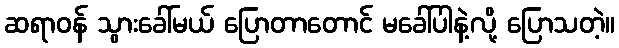
ဆရာဝန် သွားခေါ်မယ် ပြောတာတောင် မခေါ်ပါနဲ့လို့ ပြောသတဲ့။